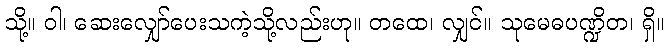
သို့။ ဝါ၊ ဆေးလျှော်ပေးသကဲ့သို့လည်းဟု။ တထေ၊ လျှင်။ သုမေဓပဏ္ဍိတ၊ ရှိ။